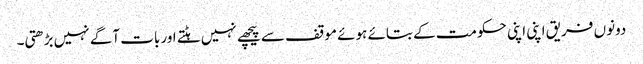
دونوں فریق اپنی اپنی حکومت کے بتائے ہوئے موقف سے پیچھے نہیں ہٹتے اور بات آگے نہیں بڑھتی۔